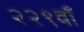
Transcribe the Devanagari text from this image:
२२९वाँ